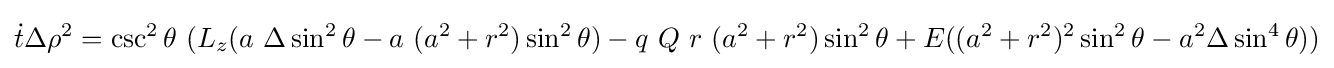
{\dot {t}}\Delta \rho ^{2}=\csc ^{2}\theta \ ({L_{z}}(a\ \Delta \sin ^{2}\theta -a\ (a^{2}+r^{2})\sin ^{2}\theta )-q\ Q\ r\ (a^{2}+r^{2})\sin ^{2}\theta +E((a^{2}+r^{2})^{2}\sin ^{2}\theta -a^{2}\Delta \sin ^{4}\theta ))